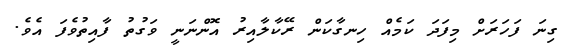
ގިނަ ފަހަރަށް މިފަދަ ކަމެއް ހިނގާކަން ރޭކާލާއިރު އޮންނަނީ ވަގުތު ފާއިތުވެފަ އެވެ.